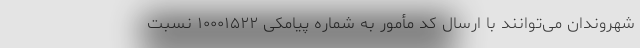
شهروندان می‌توانند با ارسال کد مأمور به شماره پیامکی ۱۰۰۰۱۵۲۲ نسبت